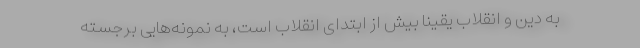
به دین و انقلاب یقیناً بیش از ابتدای انقلاب است، به نمونه‌هایی برجسته